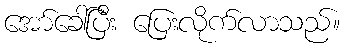
အော်ခေါ်ပြီး ပြေးလိုက်လာသည်။